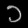
Digit: ၁